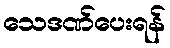
သေဒဏ်ပေးရန်